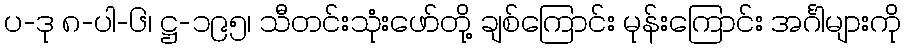
ပ-ဒု ၈-ပါ-၆၊ ဋ္ဌ-၁၉၅၊ သီတင်းသုံးဖော်တို့ ချစ်ကြောင်း မုန်းကြောင်း အင်္ဂါများကို